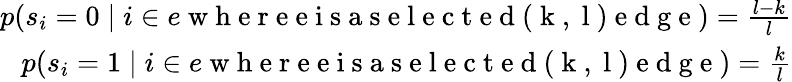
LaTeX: \begin{array}{r}{p(s_{i}=0\mid i\in e\mathrm{~w~h~e~r~e~e~i~s~a~s~e~l~e~c~t~e~d~(~k~,~l~)~e~d~g~e~})=\frac{l-k}{l}}\\ {p(s_{i}=1\mid i\in e\mathrm{~w~h~e~r~e~e~i~s~a~s~e~l~e~c~t~e~d~(~k~,~l~)~e~d~g~e~})=\frac{k}{l}}\end{array}